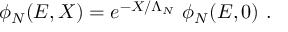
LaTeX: \phi _ { N } ( E , X ) = e ^ { - X / \Lambda _ { N } } ~ \phi _ { N } ( E , 0 ) ~ .